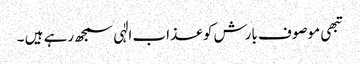
تبھی موصوف بارش کو عذاب الٰہی سمجھ رہے ہیں ۔